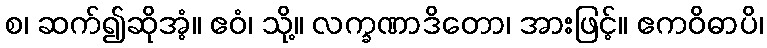
စ၊ ဆက်၍ဆိုအံ့။ ဧဝံ၊ သို့။ လက္ခဏာဒိတော၊ အားဖြင့်။ ဧကဝိဓာပိ၊